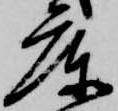
庫